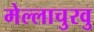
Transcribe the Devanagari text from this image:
मेल्‍लाचुरवु